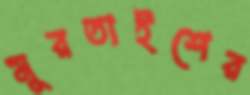
মুরতাইশের